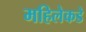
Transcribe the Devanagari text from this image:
महिलेकडे